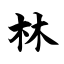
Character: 林